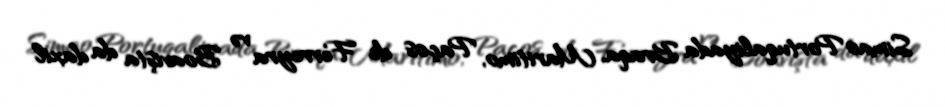
Simao Portuqaliyada Braqa, Maritimo, Paços de Ferreyra və Boavişta da daxil